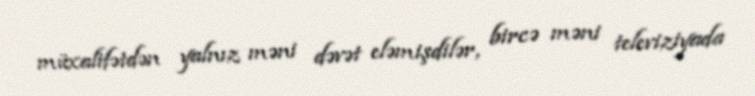
müxalifətdən yalnız məni dəvət eləmişdilər, bircə məni televiziyada